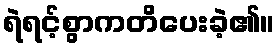
ရဲရင့်စွာကတိပေးခဲ့၏။